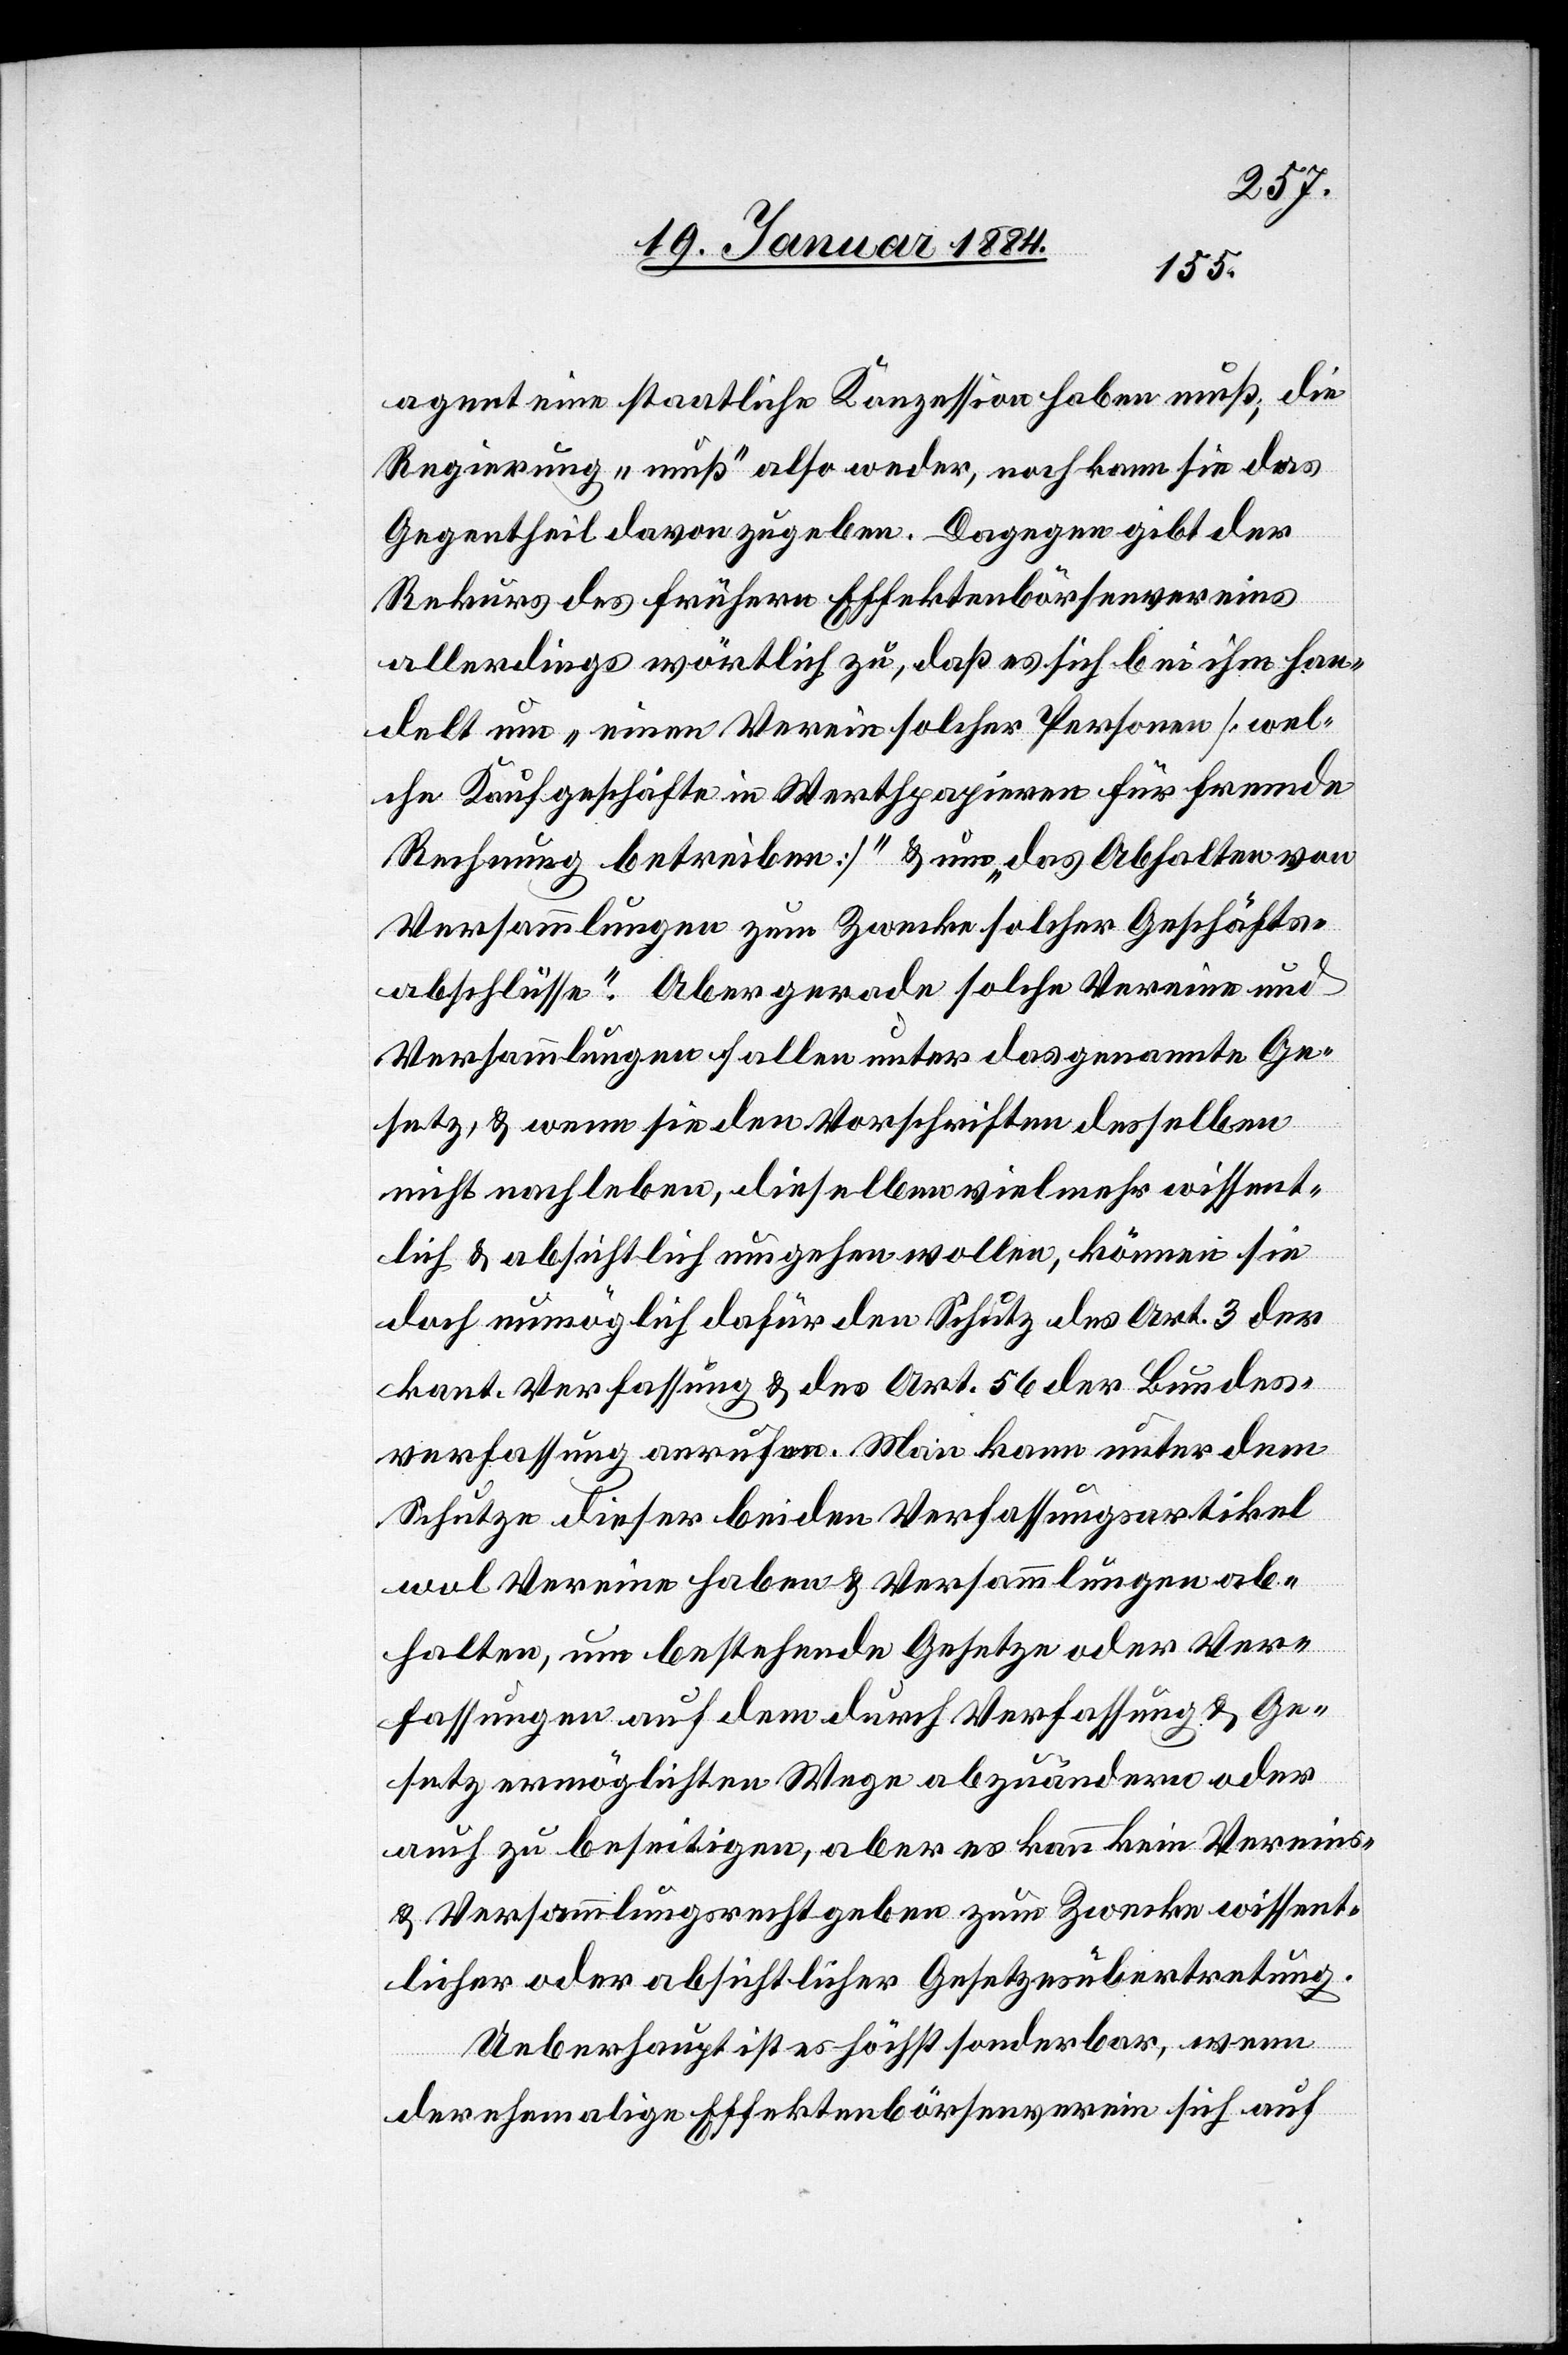
agent eine staatliche Konzession haben muß, die
Regierung „muß“ also weder, noch kann sie das
Gegentheil davon zugeben. Dagegen gibt der
Rekurs des frühern Effektenbörsenvereins
allerdings wörtlich zu, daß es sich bei ihm han¬
delt um „einen Verein solcher Personen [wel¬
che Kaufgeschäfte in Werthpapieren für fremde
Rechnung betreiben]“ & um „das Abhalten von
Versammlungen zum Zwecke solcher Geschäfts¬
abschlüsse“. Aber gerade solche Vereine und
Versammlungen fallen unter das genannte Ge¬
setz, & wenn sie den Vorschriften desselben
nicht nachleben, dieselben vielmehr wissent¬
lich & absichtlich umgehen wollen, können sie
doch unmöglich dafür den Schutz des Art. 3 der
kant. Verfassung & des Art. 56 der Bundes¬
verfassung anrufen. Man kann unter dem
Schutze dieser beiden Verfassungsartikel
wol Verein haben & Versammlungen ab¬
halten, um bestehende Gesetze in der Ver¬
fassungen auf dem durch Verfassung & Ge¬
setz ermöglichten Wege abzuändern oder
auch zu beseitigen, aber es kann kein Vereins-
& Versammlungsrecht geben zum Zwecke wissent¬
licher oder absichtlicher Gesetzesübertretung.
Ueberhaupt ist es höchst sonderbar, wenn
der ehemalige Effektenbörsenverein sich auf